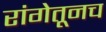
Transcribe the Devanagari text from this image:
रांगेतूनच